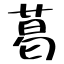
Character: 葛